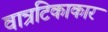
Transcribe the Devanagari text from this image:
वात्रटिकाकार